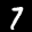
Label: 7